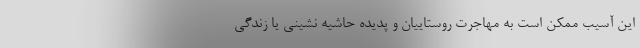
این آسیب ممکن است به مهاجرت روستاییان و پدیده حاشیه نشینی یا زندگی